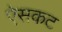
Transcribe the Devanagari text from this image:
ऐसकट